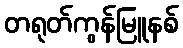
တရုတ်ကွန်မြူနစ်